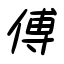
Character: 傅